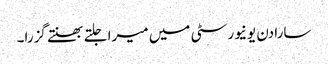
سارا دن یونیورسٹی میں میرا جلتے بھنتے گزرا۔